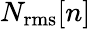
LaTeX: N_{\mathrm{rms}}[n]